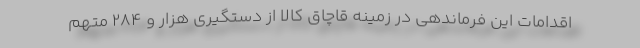
اقدامات این فرماندهی در زمینه قاچاق کالا از دستگیری هزار و ۲۸۴ متهم